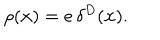
\rho ( { \bf x } ) = e \, \delta ^ { D } ( { \bf x } ) .